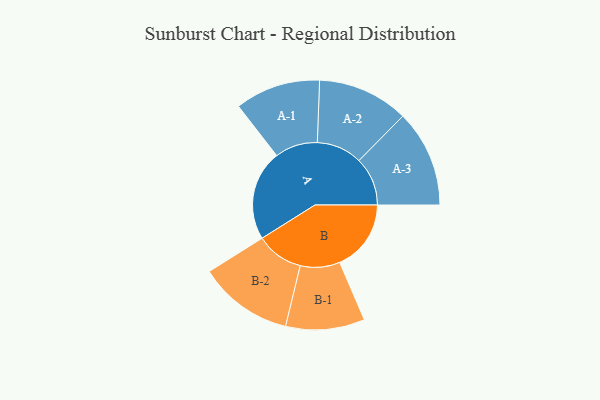
{"axis": {"x": "Segment", "y": "Value"}, "legend": ["", "A", "B"], "data": [{"x": "A", "y": 450, "type": ""}, {"x": "B", "y": 356, "type": ""}, {"x": "A-1", "y": 213, "type": "A"}, {"x": "A-2", "y": 227, "type": "A"}, {"x": "A-3", "y": 242, "type": "A"}, {"x": "B-1", "y": 197, "type": "B"}, {"x": "B-2", "y": 236, "type": "B"}]}